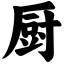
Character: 厨